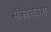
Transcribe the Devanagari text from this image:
संकोचवश